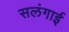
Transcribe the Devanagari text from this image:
सलंगाई